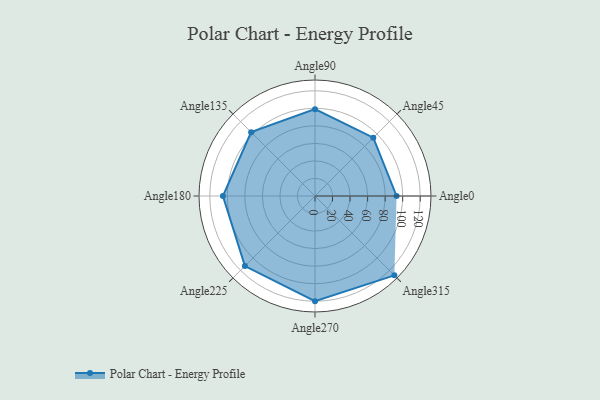
{"axis": {"x": "Angle", "y": "Radius"}, "legend": [""], "data": [{"x": "Angle0", "y": 93.0, "type": ""}, {"x": "Angle45", "y": 94.0, "type": ""}, {"x": "Angle90", "y": 99.0, "type": ""}, {"x": "Angle135", "y": 103.0, "type": ""}, {"x": "Angle180", "y": 105.0, "type": ""}, {"x": "Angle225", "y": 113.0, "type": ""}, {"x": "Angle270", "y": 120.0, "type": ""}, {"x": "Angle315", "y": 128.0, "type": ""}]}